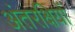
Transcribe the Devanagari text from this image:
अंतरक्षियों